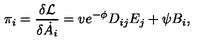
\pi _ { i } = \frac { \delta { \cal L } } { \delta \dot { A } _ { i } } = v e ^ { - \phi } D _ { i j } E _ { j } + \psi B _ { i } ,